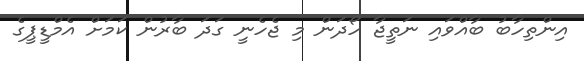
އިންތިހާބު ބާއްވައި ނަތީޖާ ހޯދަން މި ޖެހެނީ ގަދަ ބާރުން ކަމަށް އެމްޑީޕީގެ